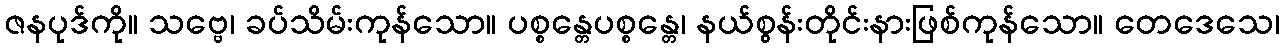
ဇနပုဒ်ကို။ သဗ္ဗေ၊ ခပ်သိမ်းကုန်သော။ ပစ္စန္တေပစ္စန္တေ၊ နယ်စွန်းတိုင်းနားဖြစ်ကုန်သော။ တေဒေသေ၊